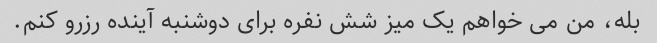
بله، من می خواهم یک میز شش نفره برای دوشنبه آینده رزرو کنم.